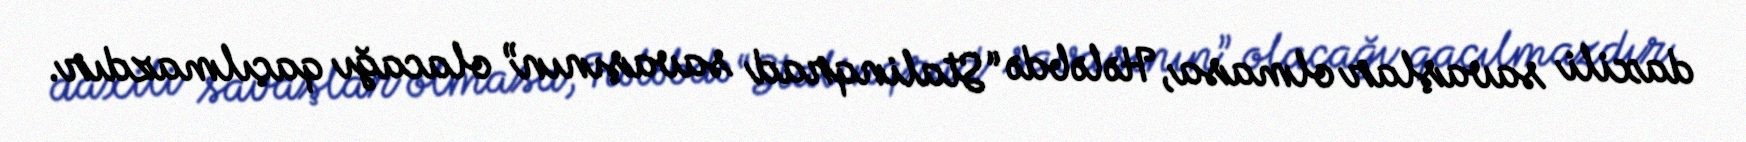
daxili savaşlar olmasa, Hələbdə “Stalinqrad savaşının” olacağı qaçılmazdır.